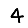
Digit: 4